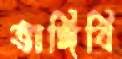
ভাঙ্গিবি